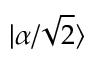
| \alpha / { \sqrt { 2 } } \rangle